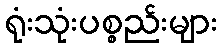
ရုံးသုံးပစ္စည်းများ